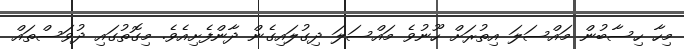
މިހާ ހިސާބުން މައްސަލަ އިތުރަށް ހޫނުވެ މައްސަލަ ދިގުލައިގެން ދާންފެށިއެވެ. މިގޮތުގައި ދުވަސްތައް